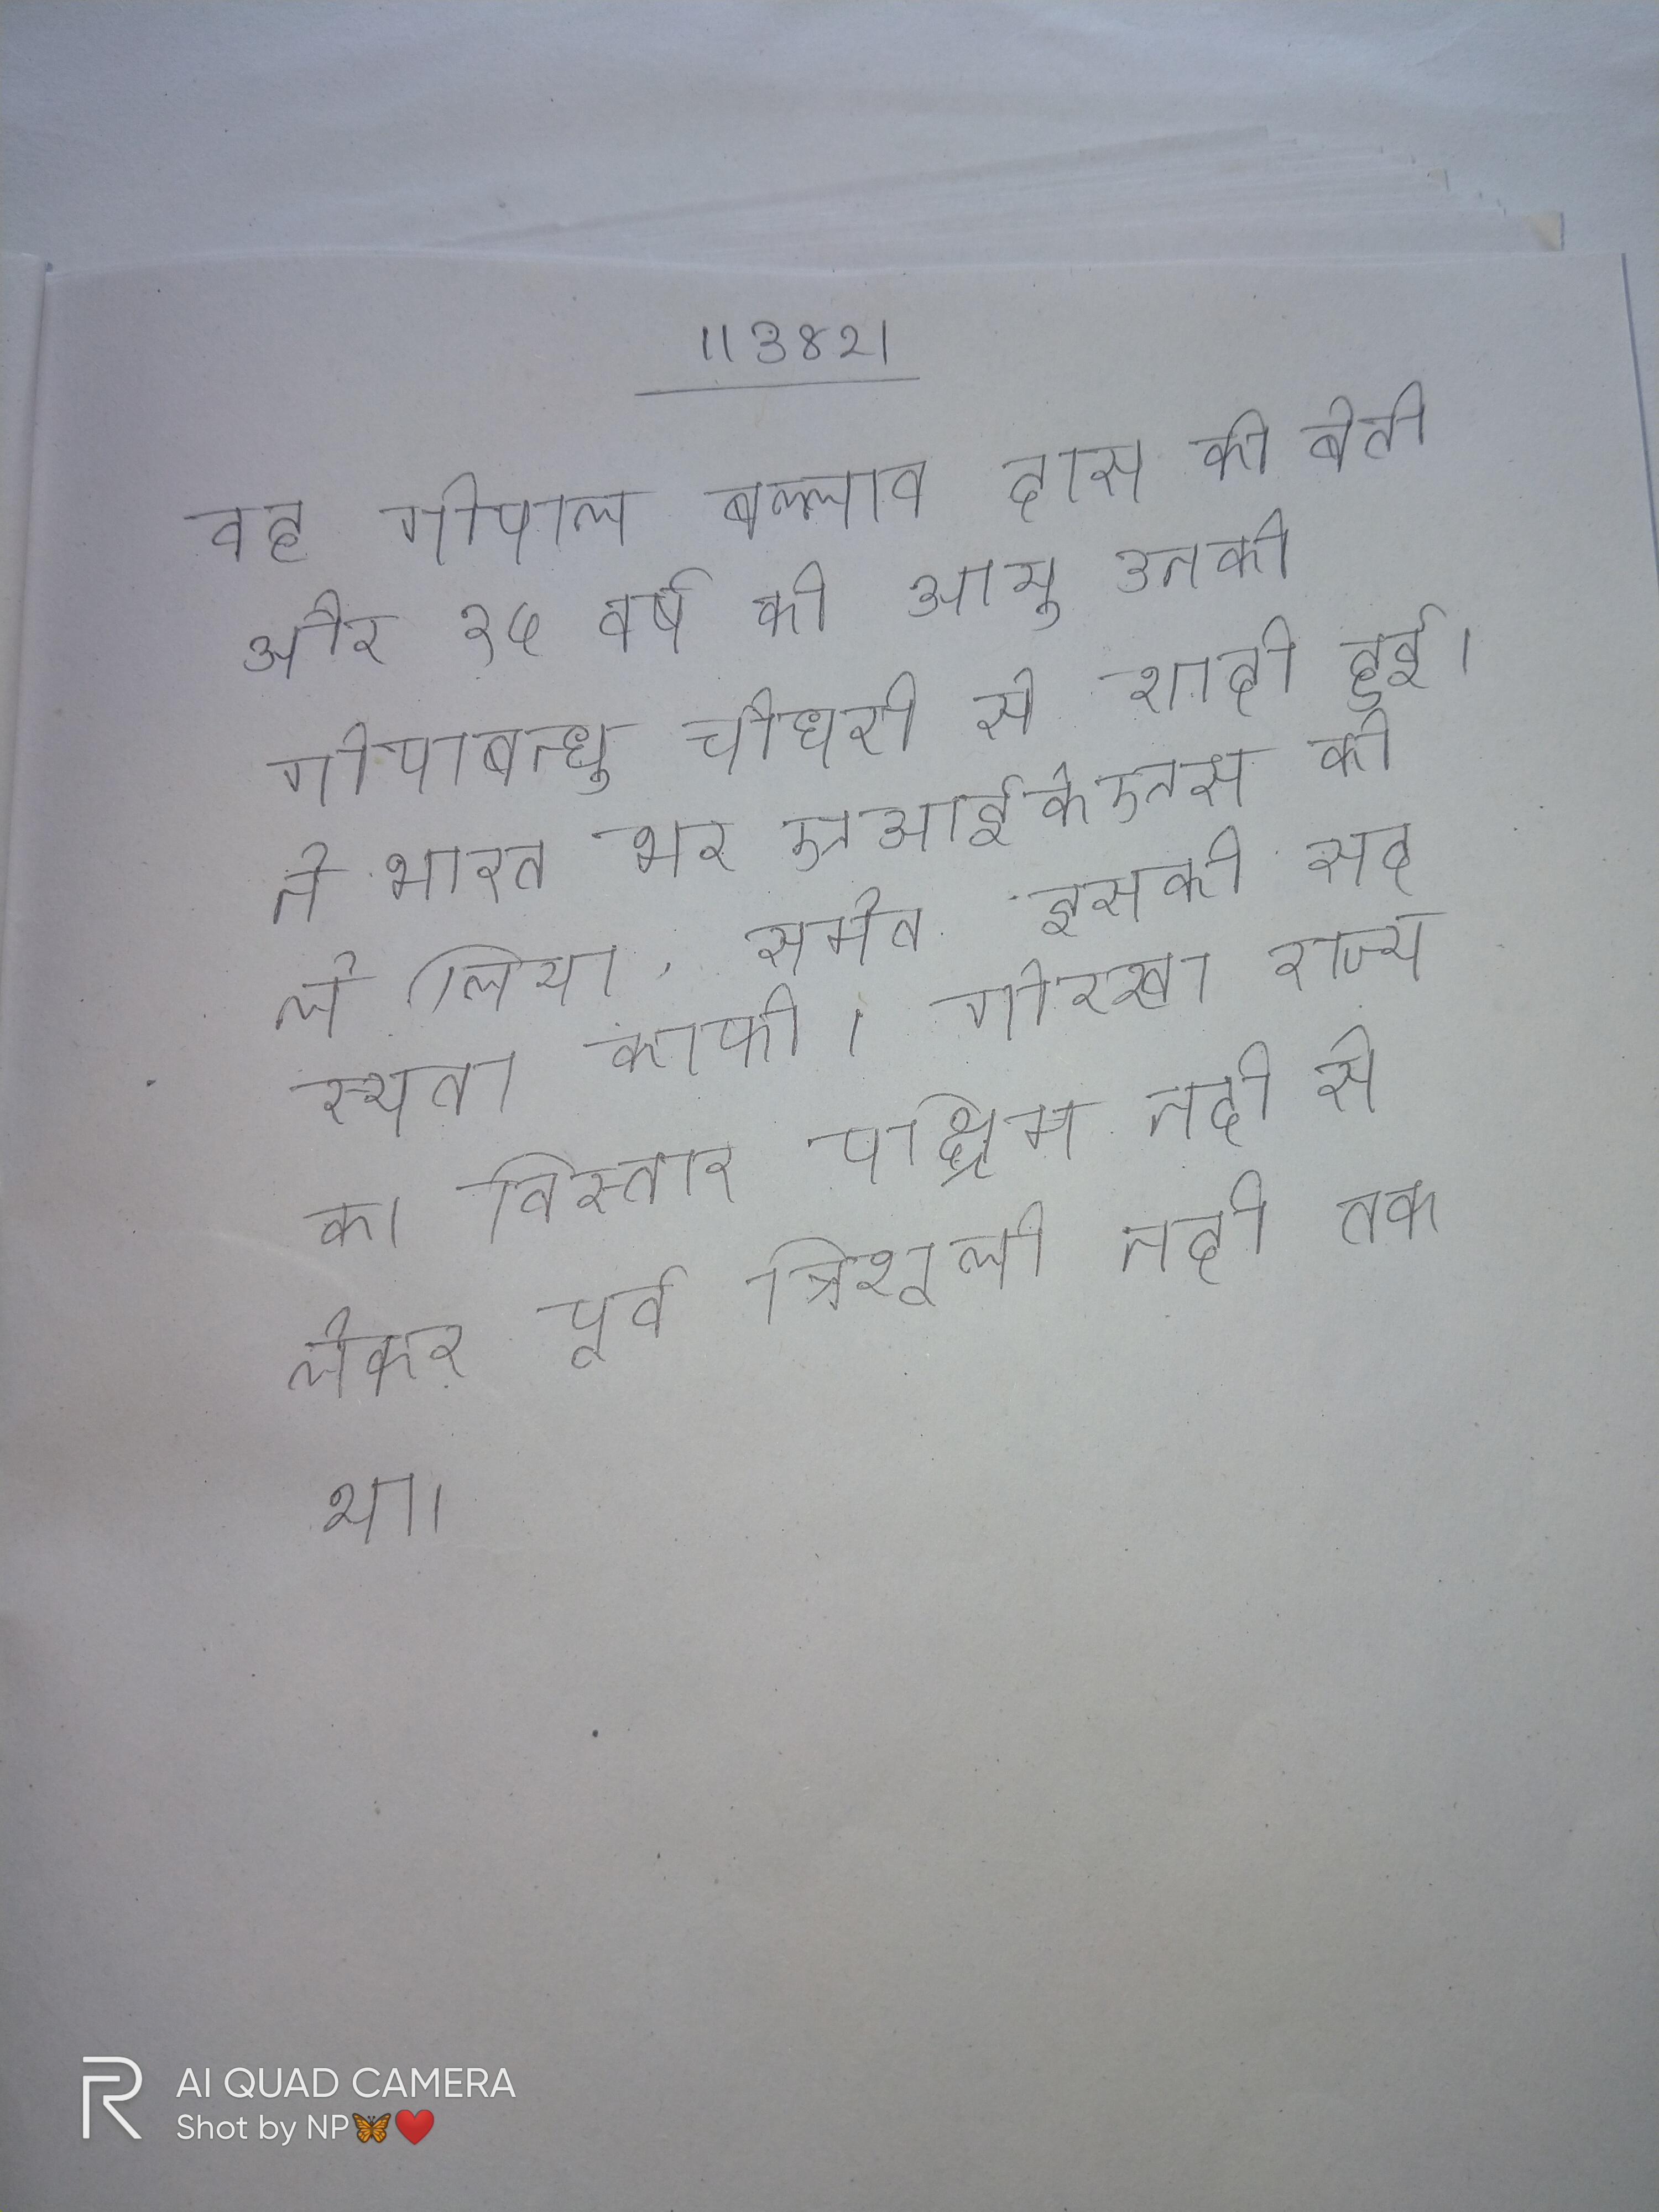
वह गोपाल बल्लाव दास की बेटी और १५ वर्ष की आयु उनकी गोपाबन्धु चौधरी से शादी हुई । ने भारत भर एआईकेएस को ले लिया, समेत इसकी सदस्यता काफी । गोरखा राज्य का विस्तार पश्चिम नदी से लेकर पूर्व त्रिशूली नदी तक था ।